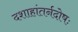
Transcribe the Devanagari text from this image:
दशाहांतर्नदोषः